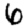
Digit: 6